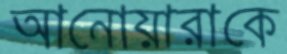
আনোয়ারাকে